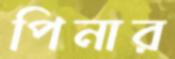
পিনার